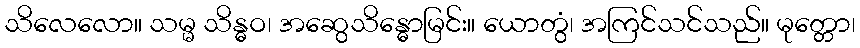
သိလေလော။ သမ္မ သိန္ဓဝ၊ အဆွေသိန္ဓောမြင်း။ ယောတွံ၊ အကြင်သင်သည်။ မုတ္တော၊